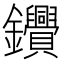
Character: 𨰷